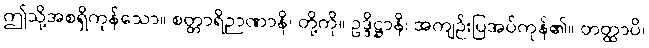
ဤသို့အစရှိကုန်သော။ စတ္တာရိဉာဏာနိ၊ တို့ကို။ ဥဒ္ဒိဋ္ဌာနိ၊ အကျဉ်းပြအပ်ကုန်၏။ တတ္ထာပိ၊